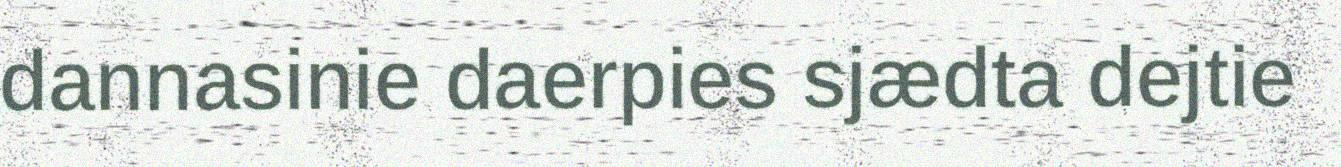
dannasinie daerpies sjædta dejtie